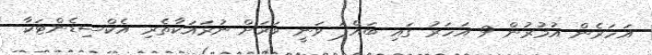
އަހަރެން އުމުރުން 9 އަހަރު ގައި ބައްޕަ ވަނީ ވަރަށް ނުރައަކާތެރި އެކްސިޑެންޓަކާ